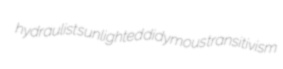
hydraulist sunlighted didymous transitivism